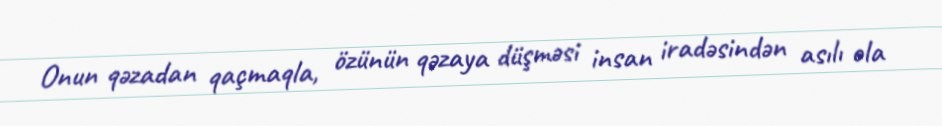
Onun qəzadan qaçmaqla, özünün qəzaya düşməsi insan iradəsindən asılı ola